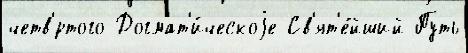
четв'́ртого Догмат'и́ческоjе Св'ят'е́йший Путь